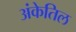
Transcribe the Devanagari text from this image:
अंकेतिल